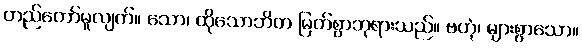
တည်တော်မူလျက်။ သော၊ ထိုသောဘိတ မြတ်စွာဘုရားသည်။ ဗဟုံ၊ များစွာသော။